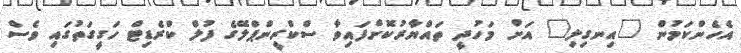
އެހެންކަމުން "އިނގިލި" އަށް މަހުދީ ތައްޔާރުކޮށްފައިވާ ސްކްރީންޕްލޭގެ ފުލް ކްރެޑިޓް ހަގީގަތުގައި ވެސް